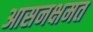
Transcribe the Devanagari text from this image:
आसनक्षमत